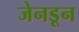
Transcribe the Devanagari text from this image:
जेनडून